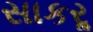
સાકરૢ